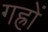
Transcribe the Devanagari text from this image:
गह्रों